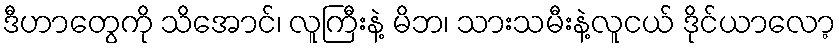
ဒီဟာတွေကို သိအောင်၊ လူကြီးနဲ့ မိဘ၊ သားသမီးနဲ့လူငယ် ဒိုင်ယာလော့